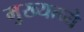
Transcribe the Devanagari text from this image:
मुख्यत्व्ये